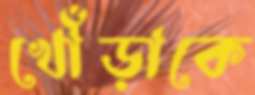
খোঁড়াকে